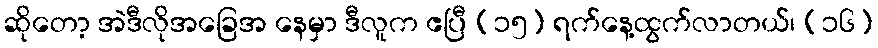
ဆိုတော့ အဲဒီလိုအခြေအ နေမှာ ဒီလူက ဧပြီ (၁၅) ရက်နေ့ထွက်လာတယ်၊ (၁၆)